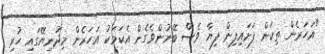
"އަހަރެން ތިކަން ފަށައިފިން ފިޔާ ވެސް ބޭނުންވެގެން އެކަމަކު އަހަރެން މިދުނިޔޭގައި ހުރި